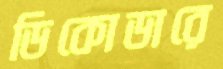
ডিকোডারে